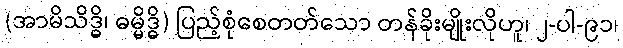
(အာမိသိဒ္ဓိ၊ ဓမ္မိဒ္ဓိ) ပြည့်စုံစေတတ်သော တန်ခိုးမျိုးလိုဟူ၊ ၂-ပါ-၉၁၊